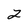
Character: 2